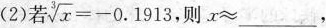
(2)若 $$\sqrt [ 3 ] { x } = - 0 . 1 9 1$$，则$$x ≈$$___，